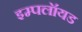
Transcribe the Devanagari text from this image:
इम्पलॉयड